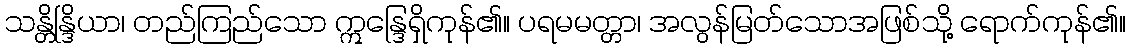
သန္တိန္ဒြိယာ၊ တည်ကြည်သော ဣန္ဒြေရှိကုန်၏။ ပရမမတ္တာ၊ အလွန်မြတ်သောအဖြစ်သို့ ရောက်ကုန်၏။